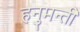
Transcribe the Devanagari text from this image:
हनुमन्ती